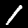
Digit: 1